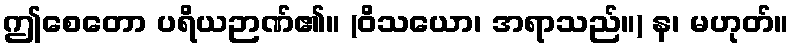
ဤစေတော ပရိယဉာဏ်၏။ (ဝိသယော၊ အရာသည်။) န၊ မဟုတ်။